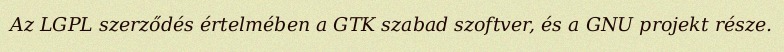
Az LGPL szerződés értelmében a GTK szabad szoftver, és a GNU projekt része.